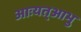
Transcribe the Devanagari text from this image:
आःयत्आभु